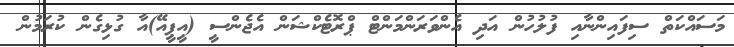
މަސައްކަތް ސިފައިންނާއި ފުލުހުން އަދި އެންވަރަންމަންޓް ޕްރޮޓެކްޝަން އެޖެންސީ (އީޕީއޭ)އާ ގުޅިގެން ކުރަމުން